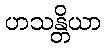
ဟသန္တိယာ